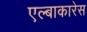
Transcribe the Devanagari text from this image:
एल्बाकारेस